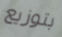
بتوزيع